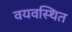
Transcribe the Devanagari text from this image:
वयवस्थित